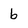
Character: b